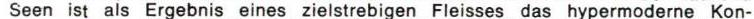
Seen ist als Ergebnis eines zielstrebigen Fleisses das hypermoderne Kon-